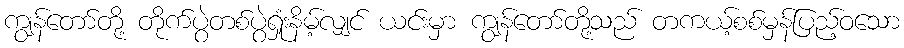
ကျွန်တော်တို့ တိုက်ပွဲတစ်ပွဲရှုံးနိမ့်လျှင် ယင်းမှာ ကျွန်တော်တို့သည် တကယ့်စစ်မှန်ပြည့်ဝသော